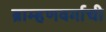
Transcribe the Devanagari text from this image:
ब्राम्हणवर्गाची